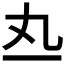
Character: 𰀅